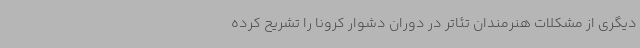
دیگری از مشکلات هنرمندان تئاتر در دوران دشوار کرونا را تشریح کرده